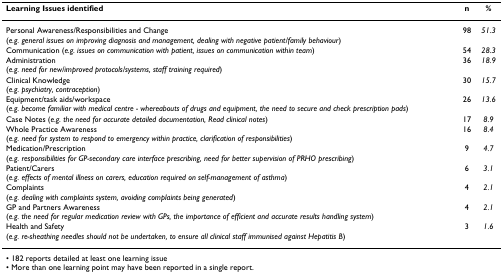
| Learning Issues identified | n | % |
 | --- | --- | --- |
 | Personal Awareness/Responsibilities and Change(e.g. general issues on improving diagnosis and management, dealing with negative patient/family behaviour) | 98 | 51.3 |
 | Communication (e.g. issues on communication with patient, issues on communication within team) | 54 | 28.3 |
 | Administration(e.g. need for new/improved protocols/systems, staff training required) | 36 | 18.9 |
 | Clinical Knowledge(e.g. psychiatry, contraception) | 30 | 15.7 |
 | Equipment/task aids/workspace(e.g. become familiar with medical centre - whereabouts of drugs and equipment, the need to secure and check prescription pads) | 26 | 13.6 |
 | Case Notes (e.g. the need for accurate detailed documentation, Read clinical notes) | 17 | 8.9 |
 | Whole Practice Awareness(e.g. need for system to respond to emergency within practice, clarification of responsibilities) | 16 | 8.4 |
 | Medication/Prescription(e.g. responsibilities for GP-secondary care interface prescribing, need for better supervision of PRHO prescribing) | 9 | 4.7 |
 | Patient/Carers(e.g. effects of mental illness on carers, education required on self-management of asthma) | 6 | 3.1 |
 | Complaints(e.g. dealing with complaints system, avoiding complaints being generated) | 4 | 2.1 |
 | GP and Partners Awareness(e.g. the need for regular medication review with GPs, the importance of efficient and accurate results handling system) | 4 | 2.1 |
 | Health and Safety(e.g. re-sheathing needles should not be undertaken, to ensure all clinical staff immunised against Hepatitis B) | 3 | 1.6 |